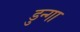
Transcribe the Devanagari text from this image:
डुन्गा